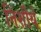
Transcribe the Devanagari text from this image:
निशीथे